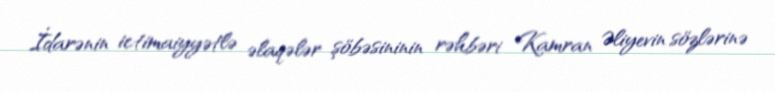
İdarənin ictimaiyyətlə əlaqələr şöbəsininin rəhbəri Kamran Əliyevin sözlərinə